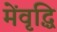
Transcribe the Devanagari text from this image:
मेंवृद्धि